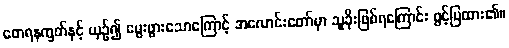
စောရနက္ခတ်နှင့် ယှဉ်၍ မွေးဖွားသောကြောင့် အလောင်းတော်မှာ သူခိုးဖြစ်ရကြောင်း ဖွင့်ပြထား၏။